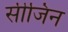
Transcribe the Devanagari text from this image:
सीजिन